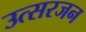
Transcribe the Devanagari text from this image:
उत्सरजन